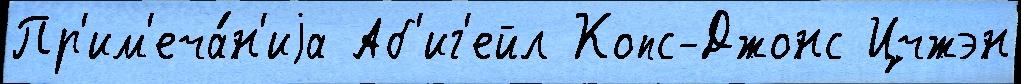
Пр'им'еча́н'иjа Аб'иг'ейл Копс-Джонс Цчжэн